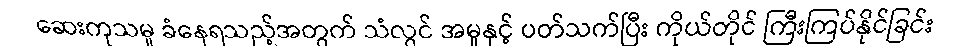
ဆေးကုသမှု ခံနေရသည့်အတွက် သံလွင် အမှုနှင့် ပတ်သက်ပြီး ကိုယ်တိုင် ကြီးကြပ်နိုင်ခြင်း